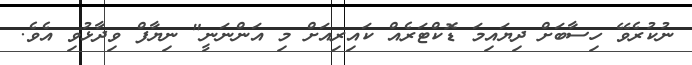
ނުކުރެވޭ ހިސާބަށް ދިޔައިމަ ޑޮކްޓަރެއް ކައިރިއަށް މި އަންނަނީ" ނިޔާފް ވިދާޅުވި އެވެ.